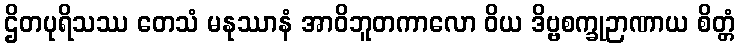
ဌိတပုရိသဿ တေသံ မနုဿာနံ အာဝိဘူတကာလော ဝိယ ဒိဗ္ဗစက္ခုဉာဏာယ စိတ္တံ